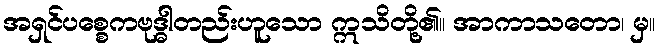
အရှင်ပစ္စေကဗုဒ္ဓါတည်းဟူသော ဣသိတို့၏။ အာကာသတော၊ မှ။